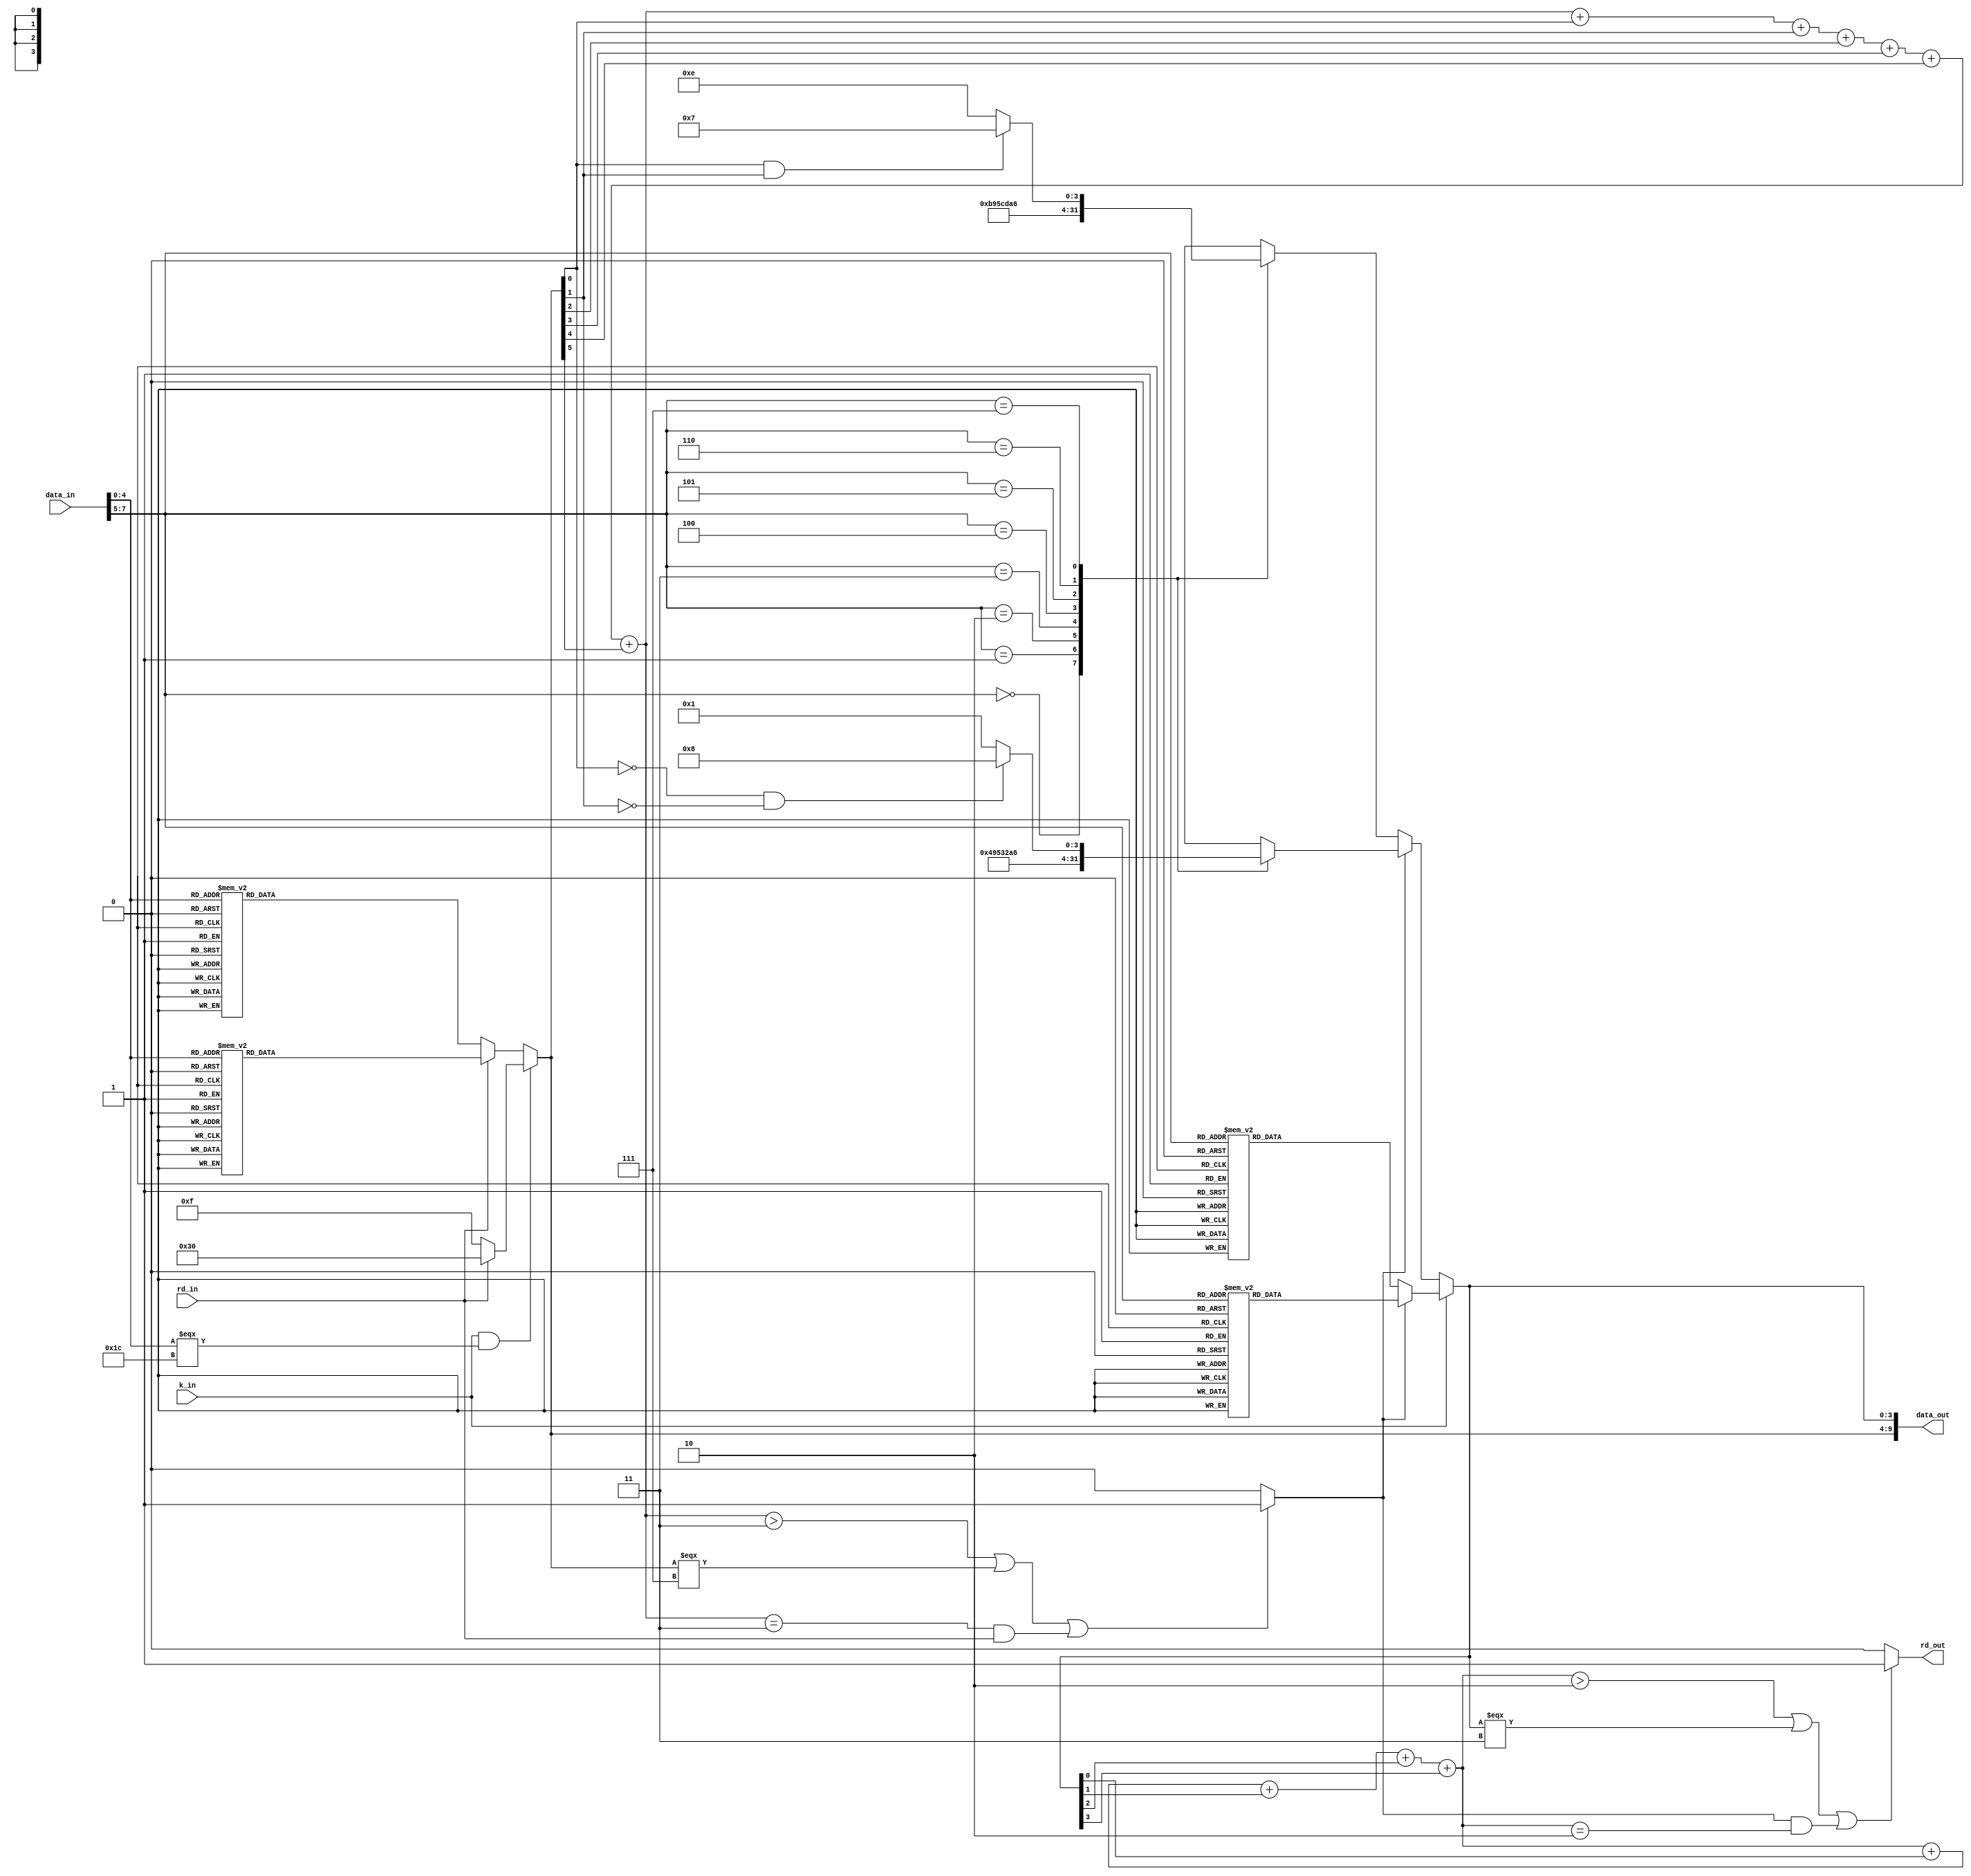
`timescale 1ns / 1ps
module Transition_8Bto10B(data_in,data_out,rd_in,rd_out,k_in);
   input [7:0]data_in;
	input rd_in,k_in;
	output[9:0]data_out;
	output rd_out;
	reg [9:0]data_out;
	reg [5:0]code6b;
	reg [3:0]code4b,i;
	reg [2:0]disparity_5bto6b,disparity_3bto4b;
	reg rd_after5bto6b;
	reg rd_out;
	
	initial
     begin
		if(k_in&&(data_in[4:0]===5'b11100))
		 begin
			if(!rd_in)
				code6b=6'b001111;
			else
				code6b=6'b110000;
		 end
		else
		begin
			if(!rd_in)
				begin
					case(data_in[4:0])
						 5'b00000 :                
							code6b=6'b100111;
						 5'b00001 :                
							code6b=6'b011101;
						 5'b00010 :                
							code6b=6'b101101;
						 5'b00011 :
							code6b=6'b110001;
						 5'b00100 :                
							code6b=6'b110101;			  
						 5'b00101 :
							code6b=6'b101001;	
						 5'b00110 :
							code6b=6'b011001;
						 5'b00111 :                
							code6b=6'b111000;
						 5'b01000 :                
							code6b=6'b111001;
						 5'b01001 :
							code6b=6'b100101;
						 5'b01010 :
							code6b=6'b010101;  
						 5'b01011 :
							code6b=6'b110100;
						 5'b01100 :
							code6b=6'b001101;
						 5'b01101 :
							code6b=6'b101100;
						 5'b01110 :
							code6b=6'b011100;
						 5'b01111 :              
							code6b=6'b010111;
						 5'b10000 :             
							code6b=6'b011011;
						 5'b10001 :
							code6b=6'b100011;
						 5'b10010 :
							code6b=6'b010011;
						 5'b10011 :
							code6b=6'b110010;
						 5'b10100 :
							code6b=6'b001011;
						 5'b10101 :
							code6b=6'b101010;
						 5'b10110 :
							code6b=6'b011010;
						 5'b10111 :             
							code6b=6'b111010;
						 5'b11000 :             
							code6b=6'b110011;
						 5'b11001 :
							code6b=6'b100110;
						 5'b11010 :
							code6b=6'b010110;
						 5'b11011 :              
							code6b=6'b110110;
						 5'b11100 :
							code6b=6'b001110;
						 5'b11101 :             
							code6b=6'b101110;
						 5'b11110 :               
							code6b=6'b011110;
						 5'b11111 :     
							code6b=6'b101011;
					  default :
							code6b=6'bXXXXXX;		
					endcase
				end
			else
				begin
					case(data_in[4:0])
						 5'b00000 :                
							code6b=6'b011000;
						 5'b00001 :                
							code6b=6'b100010;
						 5'b00010 :                
							code6b=6'b010010;
						 5'b00011 :
							code6b=6'b110001;
						 5'b00100 :                
							code6b=6'b001010;			  
						 5'b00101 :
							code6b=6'b101001;	
						 5'b00110 :
							code6b=6'b011001;
						 5'b00111 :                
							code6b=6'b000111;
						 5'b01000 :                
							code6b=6'b000110;
						 5'b01001 :
							code6b=6'b100101;
						 5'b01010 :
							code6b=6'b010101;  
						 5'b01011 :
							code6b=6'b101100;
						 5'b01100 :
							code6b=6'b001101;
						 5'b01101 :
							code6b=6'b101100;
						 5'b01110 :
							code6b=6'b011100;
						 5'b01111 :              
							code6b=6'b101000;
						 5'b10000 :             
							code6b=6'b100100;
						 5'b10001 :
							code6b=6'b100011;
						 5'b10010 :
							code6b=6'b010011;
						 5'b10011 :
							code6b=6'b110010;
						 5'b10100 :
							code6b=6'b001010;
						 5'b10101 :
							code6b=6'b101010;
						 5'b10110 :
							code6b=6'b011010;
						 5'b10111 :             
							code6b=6'b000101;
						 5'b11000 :             
							code6b=6'b001100;
						 5'b11001 :
							code6b=6'b100110;
						 5'b11010 :
							code6b=6'b010110;
						 5'b11011 :              
							code6b=6'b001001;
						 5'b11100 :
							code6b=6'b001110;
						 5'b11101 :             
							code6b=6'b010001;
						 5'b11110 :
							code6b=6'b100001;
						 5'b11111 :     
							code6b=6'b010100;
					  default :
							code6b=6'bXXXXXX;
					endcase
				end
		end
			
		for(i=0;i<6;i=i+1)
			data_out[i+4]=code6b[i];
			
		for(i=0;i<6;i=i+1)
			disparity_5bto6b=disparity_5bto6b+code6b[i];
			
		if(disparity_5bto6b>3||code6b===6'b000111||(disparity_5bto6b==3&&rd_in==1))
		   rd_after5bto6b=1;
		else
			rd_after5bto6b=0;

		if(!k_in)
		begin
			if(!rd_after5bto6b)
				begin
					case(data_in[7:5])
						3'b000:
							code4b=4'b1011;
						3'b001:
							code4b=4'b1001;
						3'b010:
							code4b=4'b0101;
						3'b011:
							code4b=4'b1100;
						3'b100:
							code4b=4'b1101;
						3'b101:
							code4b=4'b1010;
						3'b110:
							code4b=4'b0110;
						3'b111:
							if((code6b[0]==1)&&(code6b[1]==1))
							  code4b=4'b0111;
							else
							  code4b=4'b1110;
						default :
                       code4b=4'bXXXX;
					endcase
				end
			else
				begin
					case(data_in[7:5])
						3'b000:
							code4b=4'b0100;
						3'b001:
							code4b=4'b1001;
						3'b010:
							code4b=4'b0101;
						3'b011:
							code4b=4'b0011;
						3'b100:
							code4b=4'b0010;
						3'b101:
							code4b=4'b1010;
						3'b110:
							code4b=4'b0110;
						3'b111:
							if((code6b[0]==0)&&(code6b[1]==0))
							  code4b=4'b1000;
							else
							  code4b=4'b0001;
					   default :
                       code4b=4'bXXXX;
					endcase
				end
		end
		else
		begin
			if(!rd_after5bto6b)
				begin
					case(data_in[7:5])
						3'b000:
							code4b=4'b1011;
						3'b001:
							code4b=4'b0110;
						3'b010:
							code4b=4'b1010;
						3'b011:
							code4b=4'b1100;
						3'b100:
							code4b=4'b1101;
						3'b101:
							code4b=4'b0101;
						3'b110:
							code4b=4'b1001;
						3'b111:
							code4b=4'b0111;
						default :
                     code4b=4'bXXXX;
					endcase
				end
			else
				begin
					case(data_in[7:5])
						3'b000:
							code4b=4'b0100;
						3'b001:
							code4b=4'b1001;
						3'b010:
							code4b=4'b0101;
						3'b011:
							code4b=4'b0011;
						3'b100:
							code4b=4'b0010;
						3'b101:
							code4b=4'b1010;
						3'b110:
							code4b=4'b0110;
						3'b111:
							code4b=4'b1000;
						default :
                     code4b=4'bXXXX;
					endcase
				end
	  end
	
	  for(i=0;i<4;i=i+1)
			data_out[i]=code4b[i];
	
	  for(i=0;i<4;i=i+1)
			disparity_3bto4b=disparity_3bto4b+code4b[i];
	  
		if(disparity_3bto4b>2||code4b===4'b0011||(rd_after5bto6b==1&&disparity_3bto4b==2))
			rd_out=1;
		else
			rd_out=0;
	end


endmodule

module testbench;
	reg [7:0]data_in;
	reg k_in,rd_in;
	wire [9:0]data_out;
	wire rd_out;

	Transition_8Bto10B testbench(.data_in(data_in),.rd_in(rd_in),.k_in(k_in),.data_out(data_out),.rd_out(rd_out));

  initial
	  begin
			data_in=8'b10111100;
			k_in=0;
			rd_in=0;
	  end
		
endmodule